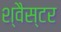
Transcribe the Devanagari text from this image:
श्वैस्टर